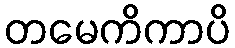
တမေကိကာပိ